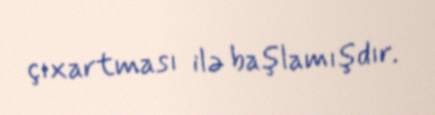
çıxartması ilə başlamışdır.